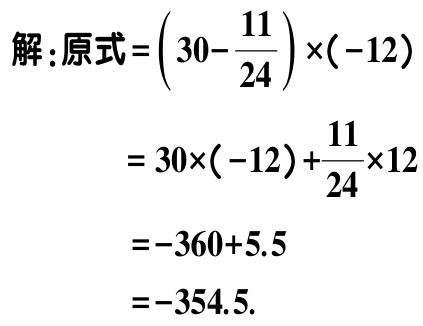
解：原式\(=\left(30 - \dfrac{11}{24}\right)\times(-12)\)

\(= 30\times(-12)+\dfrac{11}{24}\times12\)

\(=-360 + 5.5\)

\(=-354.5\).